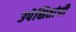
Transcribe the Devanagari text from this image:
उपेक्षितांची